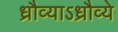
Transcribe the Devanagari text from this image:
ध्रौव्याऽध्रौव्ये